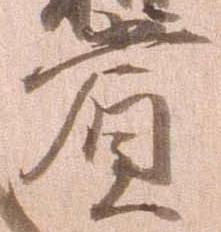
賞